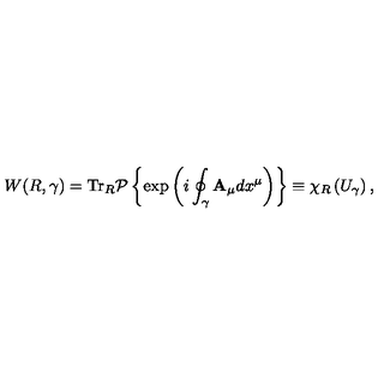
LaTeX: W ( R , \gamma ) = \mathrm { T r } _ { R } { \cal P } \left\{ \exp \left( i \oint _ { \gamma } { { \bf A _ { \mu } } d x ^ { \mu } } \right) \right\} \equiv \chi _ { R } \left( U _ { \gamma } \right) ,